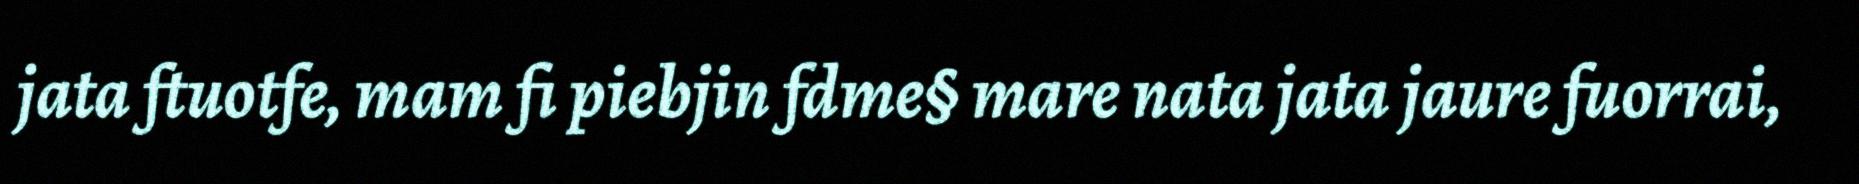
jata ftuotfe, mam fi piebjin fdme§ mare nata jata jaure fuorrai,